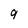
Character: 9